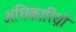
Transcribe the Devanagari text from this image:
अधिकारिय़ों